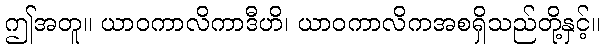
ဤအတူ။ ယာဝကာလိကာဒီဟိ၊ ယာဝကာလိကအစရှိသည်တို့နှင့်။